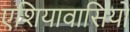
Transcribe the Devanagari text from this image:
एशियावासियों